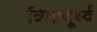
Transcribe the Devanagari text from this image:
त्रिपादूर्ध्व